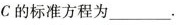
C的标准方程为___.